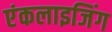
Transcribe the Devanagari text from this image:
एंकलाइजिंग